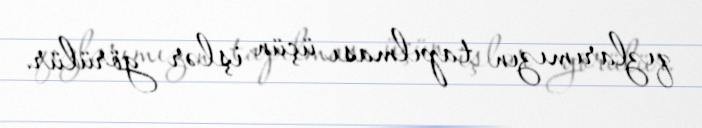
qızlarımızın tapılması üçün işlər görülür.